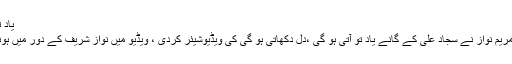
یاد تو آتی ہو گی ،دل دکھاتی ہو گی ، مریم نواز کا ٹوئٹ
لاہور : سابق وزیراعظم نواز شریف کی صاحبزادی مریم نواز نے سجاد علی کے گانے یاد تو آتی ہو گی ،دل دکھاتی ہو گی کی ویڈیو‌شیئر کردی ، ویڈیو میں نواز شریف کے دور میں ہونے والے کاموں کو دکھانے کی کوشش کی گئی ہے۔